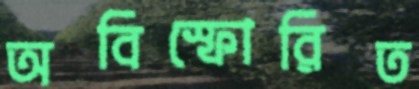
অবিস্ফোরিত